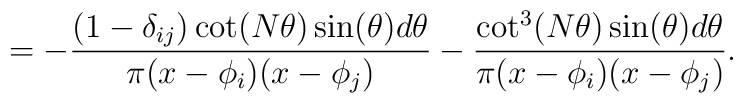
=-\frac{(1-\delta_{ij} )\cot(N \theta)\sin(\theta) d \theta}{\pi (x-\phi_i)(x-\phi_j)} -\frac{\cot^3(N\theta) \sin(\theta) d \theta}{\pi (x-\phi_i)(x-\phi_j)}.